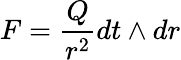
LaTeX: F=\frac{Q}{r^{2}}dt\wedge dr